Annual administration report of the Civil Veterinary Department, Sind - 1944-1945
Year: 1944
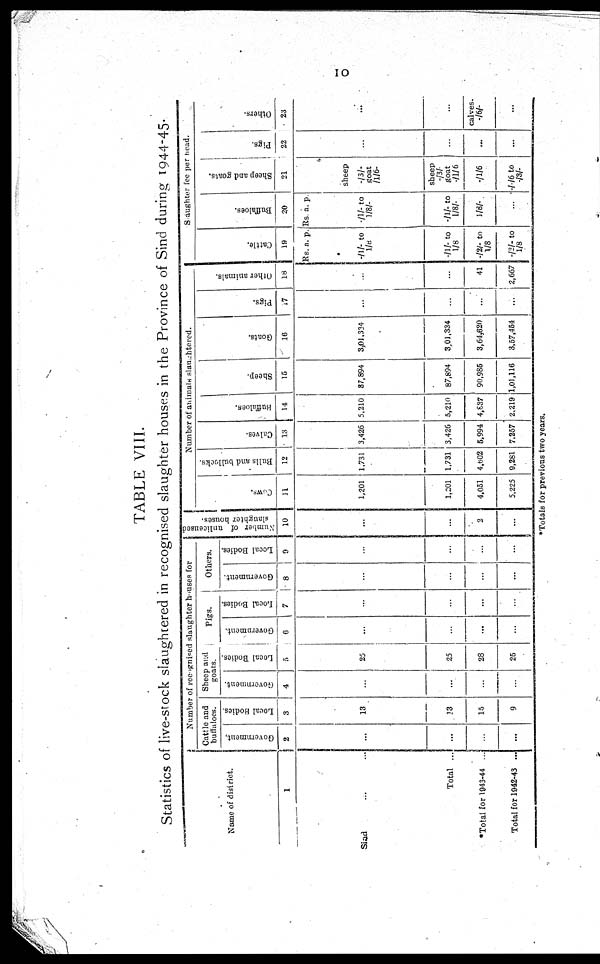
10
TABLE VIII.
Statistics of live-stock slaughtered in recognised slaughter houses in the Province of Sind during 1944-45.
Name of district.
1
Sind ... ...
Total ...
*Total for 1943-44 ...
Total for 1942-43 ...
Number of recognised slaughter houses for
Cattle and
buflaloes.
Government.
2
...
...
...
...
Local Bodies.
3
13
13
15
9
Sheep and
goats.
Government.
4
...
...
...
...
Local Bodies.
5
25
25
28
25
Pigs.
Government.
6
...
...
...
...
Local Bodies.
7
...
...
...
...
Others.
Government.
8
...
...
...
...
Local Bodies.
9
...
...
...
...
Number of unlicensed
slaughter houses.
10
...
...
2
...
Number of a ni ma l
s s l
aught er ed.
Cows.
11
1,201
1,201
4,051
5,225
Bulls and bullocks.
12
1,731
1,731
4,602
9,281
Calves.
13
3,426
3,420
6,994
7,257
Buffaloes.
14
5,210
5,210
4,837
2,219
Sheep.
15
37,894
87,894
90,985
1,01,116
Goats.
16
3,01,334
3,01,334
3,61,620
3,57,454
Pigs.
17
...
...
...
...
Other animals.
18
...
...
41
2,667
Saughter fee per head.
Cattle.
19
Rs. a. p.
-/1/- to
1/8
-/1/ -to
1/8
-/2/- to
1/8
-/2/- to
1/8
Buffaloes.
20
Rs. a. p
-/1/ -to
1/8/-
-/1- to
1/8/-
1/8/-
...
Sheep and goats.
21
sheep
-/3/-
goat
/1/6-
sheep
-/3/-
goat
-/1/6
-/1/6
-/-/6 to
-/3/-
Pigs.
22
...
...
...
...
Others.
23
...
...
calves.
-/6/-
...
*Totals for previous two years.